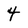
Character: 4